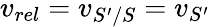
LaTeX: v_{rel}=v_{S^{\prime}/S}=v_{S^{\prime}}